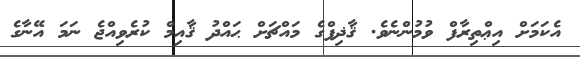
އެކަމަށް އިޢްތިރާފް ވުމުންނެވެ. ޤާޛިފްގެ މައްޗަށް ޙައްދު ޤާއިމް ކުރެވިއްޖެ ނަމަ އޭނާގެ